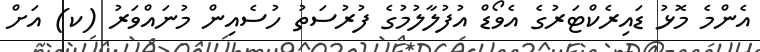
އެންމެ މޮޅު ޑައިރެކްޓަރުގެ އެވޯޑް އުފުލާލުމުގެ ފުރުސަތު ހުސެއިން މުނައްވަރު (ކ) އަށް